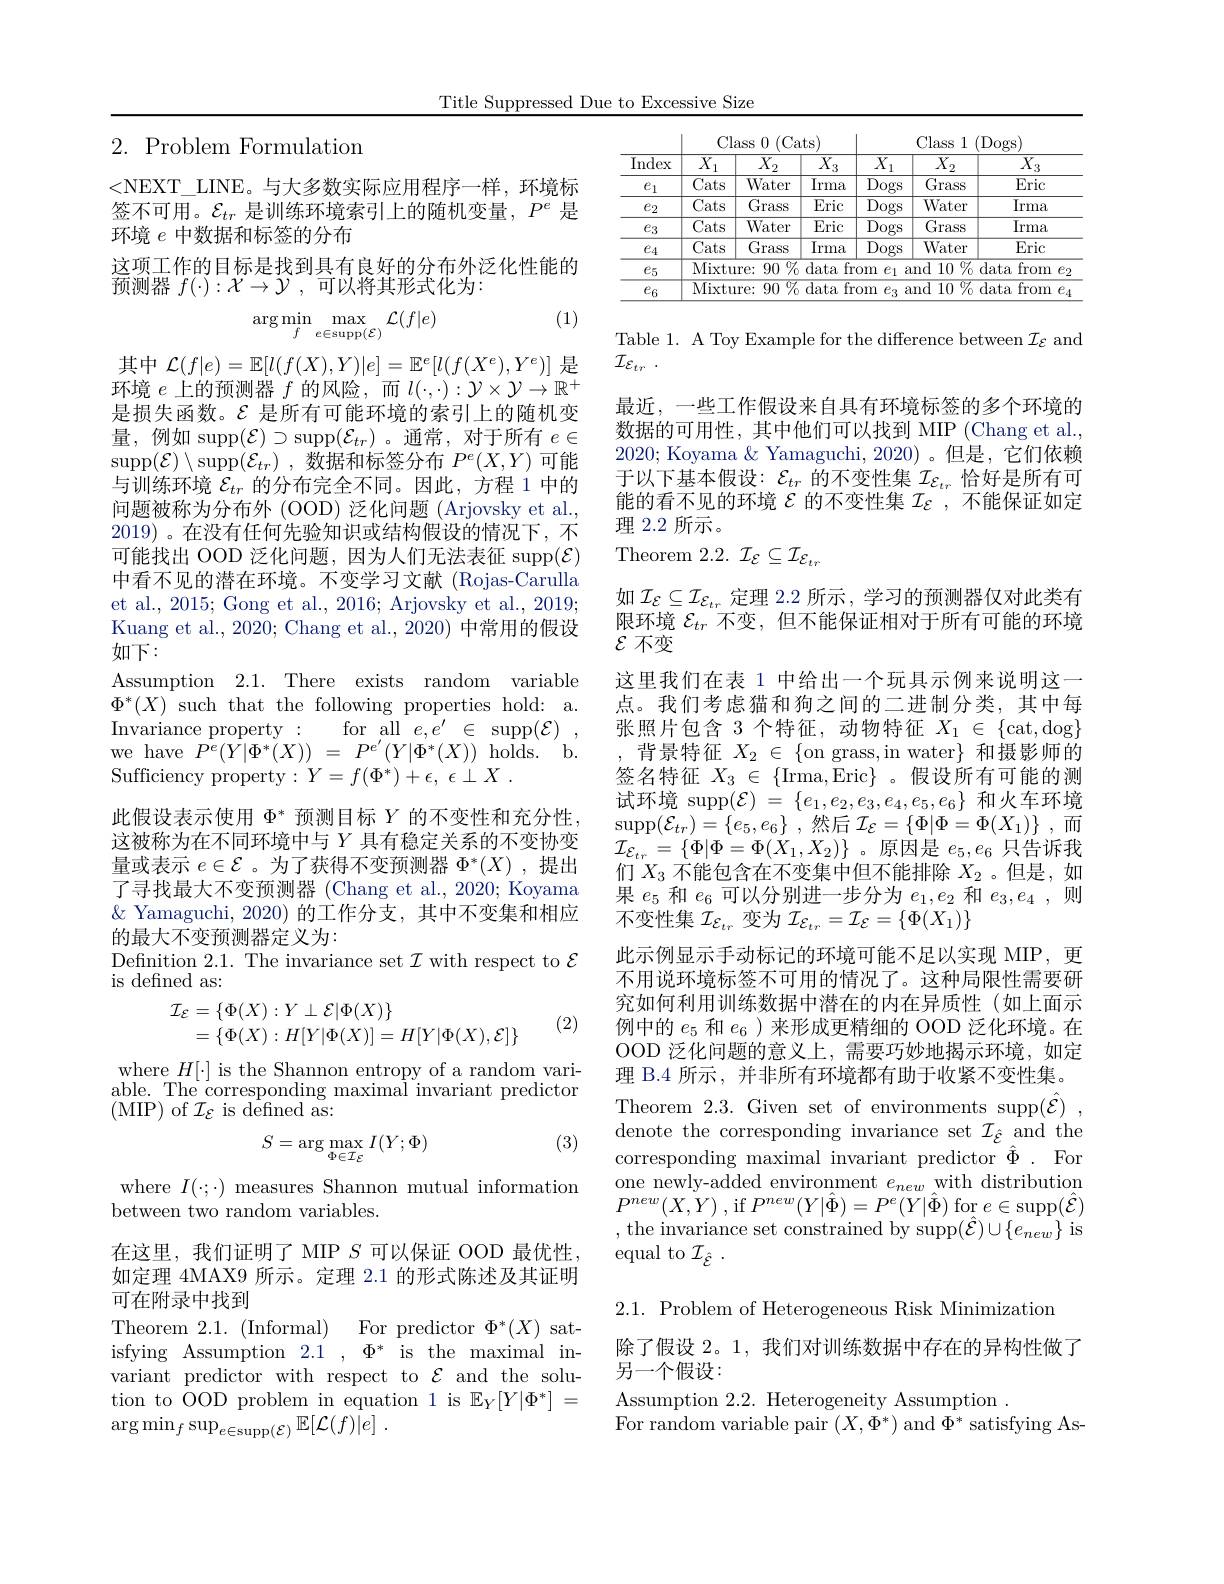
Title Suppressed Due to Excessive Size

# $2.{\mathrm{~Problem~Formulation}}$

<NEXT\_LINE。与大多数实际应用程序一样，环境标签不可用。$\mathcal{E}_tr$是训练环境索引上的随机变量，$P^e$是环境$e$中数据和标签的分布
这项工作的目标是找到具有良好的分布外泛化性能的
$\bar {\text{预 测 器 }f( \cdot ) }: \mathcal{X} \to \mathcal{Y}$ ,可以将其形式化为：

(1)
$$\arg\min_{f}\max_{e\in\operatorname{supp}(\mathcal{E})}\mathcal{L}(f|e)$$
$$\mathcal{L}(f|e)=\mathbb{E}[l(f(X),Y)|e]=\mathbb{E}^{e}[l(f(X^{e}),Y^{e})]$$
环境$e$上的预测器$f$的风险，而$l(\cdot,\cdot):\mathcal{Y}\times\mathcal{Y}\to\mathbb{R}^+$ 是损失函数。$\mathcal{E}$是所有可能环境的索引上的随机变量，例如$\operatorname{supp}(\mathcal{E})\supset\operatorname{supp}(\mathcal{E}_{tr})$。通常，对于所有$e\in$ $\operatorname{supp}(\mathcal{E})\setminus\operatorname{supp}(\mathcal{E}_{tr})$,数据和标签分布$P^e(X,Y)$可能与训练环境$\mathcal{E}_tr$的分布完全不同。因此，方程 1 中的问题被称为分布外 (OOD) 泛化问题 (Arjovsky et al., 2019)。在没有任何先验知识或结构假设的情况下，不可能找出 OOD 泛化问题，因为人们无法表征 supp$(\mathcal{E})$ 中看不见的潜在环境。不变学习文献 (Rojas-Carulla et al., 2015; Gong et al., 2016; Arjovsky et al., 2019; Kuang et al., 2020; Chang et al., 2020) 中常用的假设如下：
Assumption 2.1. There exists random variable $\Phi^{*}(X)$ such that the following properties hold: a. Invariance property: for all $e,e^\prime\in$ supp$( \mathcal{E} )$ , we have $P^{\dot{e} }( \dot{Y} | \Phi ^{* }( X) )$ = $P^{e^{\prime }}( Y| \Phi ^{* }( X) )$ holds. b. Sufficiency property$: Y= f( \Phi ^* ) + \epsilon , \epsilon \perp X$ .
此假设表示使用$\Phi^*$预测目标$Y$的不变性和充分性这被称为在不同环境中与$Y$具有稳定关系的不变协变量或表示$e\in\mathcal{E}$ 。为了获得不变预测器$\Phi^*(X)$ ,提出了寻找最大不变预测器 (Chang et al., 2020; Koyama $\&$ Yamaguchi, 2020) 的工作分支，其中不变集和相应的最大不变预测器定义为2
Defnition 2.1. The invariance set $\mathcal{I}$ with respect to $\mathcal{E}$
is defined as:
$$\begin{array}{c}\mathcal{I}_{\mathcal{E}}=\{\Phi(X):Y\perp\mathcal{E}|\Phi(X)\}\\=\{\Phi(X):H[Y|\Phi(X)]=H[Y|\Phi(X),\mathcal{E}]\}\end{array}$$
(2)

where $H[\cdot]$ is the Shannon entropy of a random variable. The corresponding maximal invariant predictor (MIP) of $\mathcal{I}_{\mathcal{E}}$ is defined as:

(3)
$$S=\arg\max_{\Phi\in\mathcal{I}_{\mathcal{E}}}I(Y;\Phi)$$
where $I(\cdot;\cdot)$ measures Shannon mutual information
between two random variables.

在这里，我们证明了 MIP $S$可以保证 OOD 最优性如定理 4MAX9 所示。定理 2.1 的形式陈述及其证明可在附录中找到
Theorem 2.1.(Informal) For predictor $\Phi^*(X)$ satisfying Assumption $2.1,\Phi^{*}$ is the maximal invariant predictor with respect to $\mathcal{E}$ and the solution to OOD problem in equation 1 is $\mathbb{E}_Y[Y|\Phi^*]=$ $\arg \min _{f}\sup _{e\in \operatorname { supp} ( \mathcal{E} ) }\mathbb{E} [ \mathcal{L} ( f) | e]$ .

<table>
	<tbody>
		<tr>
			<th rowspan="2">$\overline{\mathrm{Index}}$</th>
			<th colspan="3">Class 0 (Cats)</th>
			<th colspan="3">Class (Dogs) $i1$</th>
		</tr>
		<tr>
			<th>$\overline{X}$ 1</th>
			<th>$\overline{X_{2}}$</th>
			<th>$\overline{X_3}$</th>
			<th>$\overline{X}$ 1</th>
			<th>$\overline{X_{2}}$</th>
			<th>$\overline{X_{3}}$</th>
		</tr>
		<tr>
			<td>$e_1$</td>
			<td>$\overline{\mathrm{Cats}}$</td>
			<td>Water</td>
			<td>$\overline{\mathrm{Irma}}$</td>
			<td>$\overline{\mathrm{Dogs}}$</td>
			<td>$\overline{\mathrm{Grass}}$</td>
			<td>Eric</td>
		</tr>
		<tr>
			<td>$e_2$</td>
			<td>$\overline{\mathrm{Cats}}$</td>
			<td>$\overline{\mathrm{Grass}}$</td>
			<td>Eric</td>
			<td>$\overline{\mathrm{Dogs}}$</td>
			<td>Water</td>
			<td>Irma</td>
		</tr>
		<tr>
			<td>$e_{3}$</td>
			<td>Cats</td>
			<td>Water</td>
			<td>Eric</td>
			<td>$\overline{\mathrm{Dogs}}$</td>
			<td>$\overline{\mathrm{Grass}}$</td>
			<td>Irma</td>
		</tr>
		<tr>
			<td>$e_4$</td>
			<td>Cats</td>
			<td>$\overline{\mathrm{Grass}}$</td>
			<td>$\overline{\mathrm{Irma}}$</td>
			<td>$\overline{\mathrm{Dogs}}$</td>
			<td>Water</td>
			<td>Eric</td>
		</tr>
		<tr>
			<td>$e_5$</td>
			<td>Mixtun</td>
			<td colspan="5">e: 90% data from $e_1$ and $10\%$ data from $e_2$</td>
		</tr>
		<tr>
			<td>$e_{6}$</td>
			<td>$\overline{\mathrm{Mixtur}}$</td>
			<td>$\%$ 90 $\because$e:</td>
			<td>$\overline{\mathrm{data}}$ fr</td>
			<td colspan="3">from $e_{3}$ and 10% data from $e_{2}$</td>
		</tr>
	</tbody>
</table>

Table 1. A Toy Example for the difference between $\mathcal{I}_{\mathcal{E}}$ and
$\mathcal{I} _{\mathcal{E} _{tr}}$ .
最近，一些工作假设来自具有环境标签的多个环境的数据的可用性，其中他们可以找到 MIP (Chang et al., 2020; Koyama $\&$ Yamaguchi, 2020)。但是，它们依赖于以下基本假设：$\mathcal{E}_tr$的不变性集$\mathcal{I}_{\mathcal{E}_{tr}}$恰好是所有可能的看不见的环境$\mathcal{E}$的不变性集$\mathcal{I}_{\mathcal{E}}$ ,不能保证如定理 2.2 所示。
Theorem 2.2. $\mathcal{I}_{\mathcal{E}}\subseteq\mathcal{I}_{\mathcal{E}_{tr}}$
如$\mathcal{I}_{\mathcal{E}}\subseteq\mathcal{I}_{\mathcal{E}_{tr}}$定理 2.2 所示，学习的预测器仅对此类有限环境$\mathcal{E}_{tr}$不变，但不能保证相对于所有可能的环境$\varepsilon$不变
这里我们在表 1 中给出一个玩具示例来说明这一点。我们考虑猫和狗之间的二进制分类，其中每张照片包含 3 个特征，动物特征$X_1\in \{$cat,dog$\}$
背景特征$X_2\in\{$on grass,in water$\}$和摄影师的签名特征$X_3\in\{$Irma,Eric$\}$ 。假设所有可能的测试环境$\operatorname{supp}(\mathcal{E})~=~\{e_1,e_2,e_3,e_4,e_5,e_6\}~$和火车环境$\operatorname* { supp} ( \mathcal{E} _{tr}) = \{ e_{5}, e_{6}\}$ ,然后$\mathcal{I} _{\mathcal{E} }= \{ \Phi | \Phi = \Phi ( X_{1}) \}$ ,而$\mathcal{I}_{\mathcal{E}_{tr}}=\{\Phi|\Phi=\Phi(\dot{X}_{1},X_{2})\}$。原因是$e_5,e_6$只告诉我们$X_3$不能包含在不变集中但不能排除$X_2$ 。但是，如果$e_5$和$e_6$可以分别进一步分为$e_1,e_2$和$e_3,e_4$,则不变性集$\mathcal{I}_{\mathcal{E}_tr}$变为$\mathcal{I}_{\mathcal{E}_tr}=\mathcal{I}_{\mathcal{E}}=\{\Phi(X_1)\}$
此示例显示手动标记的环境可能不足以实现 MIP, 更不用说环境标签不可用的情况了。这种局限性需要研究如何利用训练数据中潜在的内在异质性(如上面示例中的$e_5$和$e_6$ )来形成更精细的 OOD 泛化环境。在OOD 泛化问题的意义上，需要巧妙地揭示环境，如定理 B.4 所示 , 并非所有环境都有助于收紧不变性集。
Theorem 2.3. Given set of environments supp$( \hat{\mathcal{E} } )$ , denote the corresponding invariance set $\mathcal{I}_{\hat{\xi}}$ and the corresponding maximal invariant predictor $\hat{\Phi}.$ For one newly-added environment $e_new$ with distribution $P^{new}( X, Y)$ ,if $P^{new}(Y|\hat{\Phi})=P^{e}(Y|\hat{\Phi})$ for $e\in\operatorname{supp}(\hat{\mathcal{E}})$ , the invariance set constrained by supp$(\hat{\mathcal{E}})\cup\{e_{new}\}$ is equal to $\mathcal{I} _{\hat{\varepsilon } }$ .

2.1. Problem of Heterogeneous Risk Minimization

除了假设 2。1, 我们对训练数据中存在的异构性做了
另一个假设：

Assumption 2.2. Heterogeneity Assumption .
For random variable pair $(X,\Phi^{*})$ and $\Phi^{*}$ satisfying As-